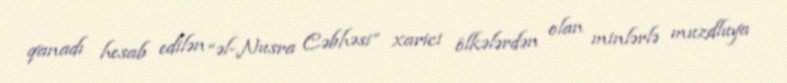
qanadı hesab edilən “əl-Nusra Cəbhəsi” xarici ölkələrdən olan minlərlə muzdluya